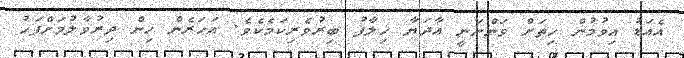
އެއަޑު އިވުމުން ހިތަށް ވަންނަނީ އާދަޔާ ޚިލާފު ބިރުވެރިކަމެކެވެ. އަހަރެން ހިން ދިރުވާލުމަށްފަހު